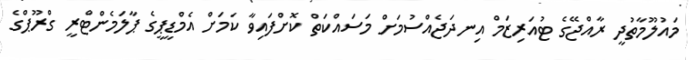
މައުލޫމާތުދީ ރާއްޖޭގެ ޓުއަރިޒަމް އިނދަޖެއްސުމަށް މަސައްކަތް ކޮށްފައިވާ ކަމަށް އެމްޑީޕީގެ ޕާލަމެންޓްރީ ގްރޫޕްގެ